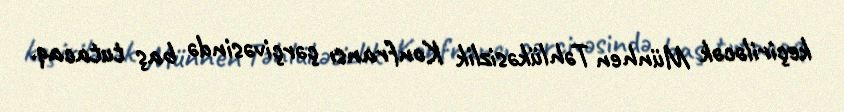
keçiriləcək Münhen Təhlükəsizlik Konfransı çərçivəsində baş tutacaq.